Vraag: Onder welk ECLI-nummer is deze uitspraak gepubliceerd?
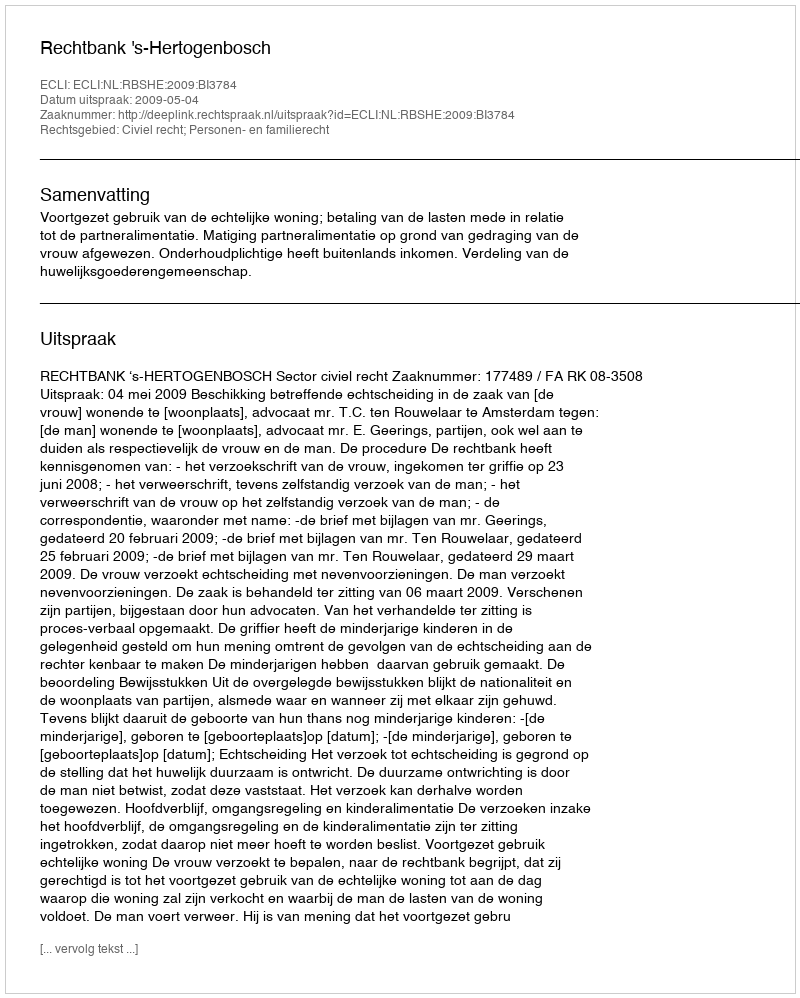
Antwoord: ECLI:NL:RBSHE:2009:BI3784